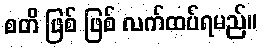
စတိ ဖြစ် ဖြစ် လက်ထပ်ရမည်။